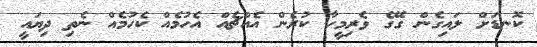
ކޮނޑަށް ލައިގެން ގޭގެ ވެރިމީހާ ކުރެން އެއްޗެއް އެހުމެއް ކެހުމެއް ނެތި ދިޔައީ